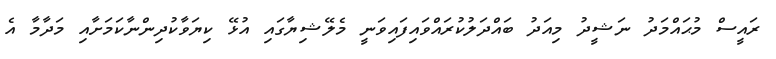
ރައީސް މުޙައްމަދު ނަޝީދު މިއަދު ބައްދަލުކުރައްވައިފައިވަނީ މެލޭޝިޔާގައި އުޅޭ ކިޔަވާކުދިންނާކަމަށާއި މަދާމާ އެ